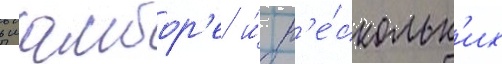
в шамбор'е и́ н'е́скольк'их